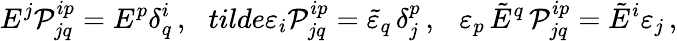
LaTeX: E^{j}{\cal P}_{jq}^{ip}=E^{p}\delta_{q}^{i}\, ,\ \ \, tilde{\varepsilon}_{i}{\cal P}_{jq}^{ip}=\tilde{\varepsilon}_{q}\, \delta_{j}^{p}\, ,\ \ \ \varepsilon_{p}\, \tilde{E}^{q}\, {\cal P}_{jq}^{ip}=\tilde{E}^{i}\varepsilon_{j}\, ,